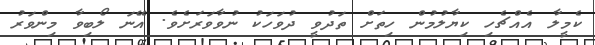
ކެމީލާ އެއްޗެހި ކިޔާލުމުން ހިތަށް ތަދުވީ ދުވަހަކު ނުވާވަރަށެވެ. އޭނަ ލޯބިވާ މިންވަރު